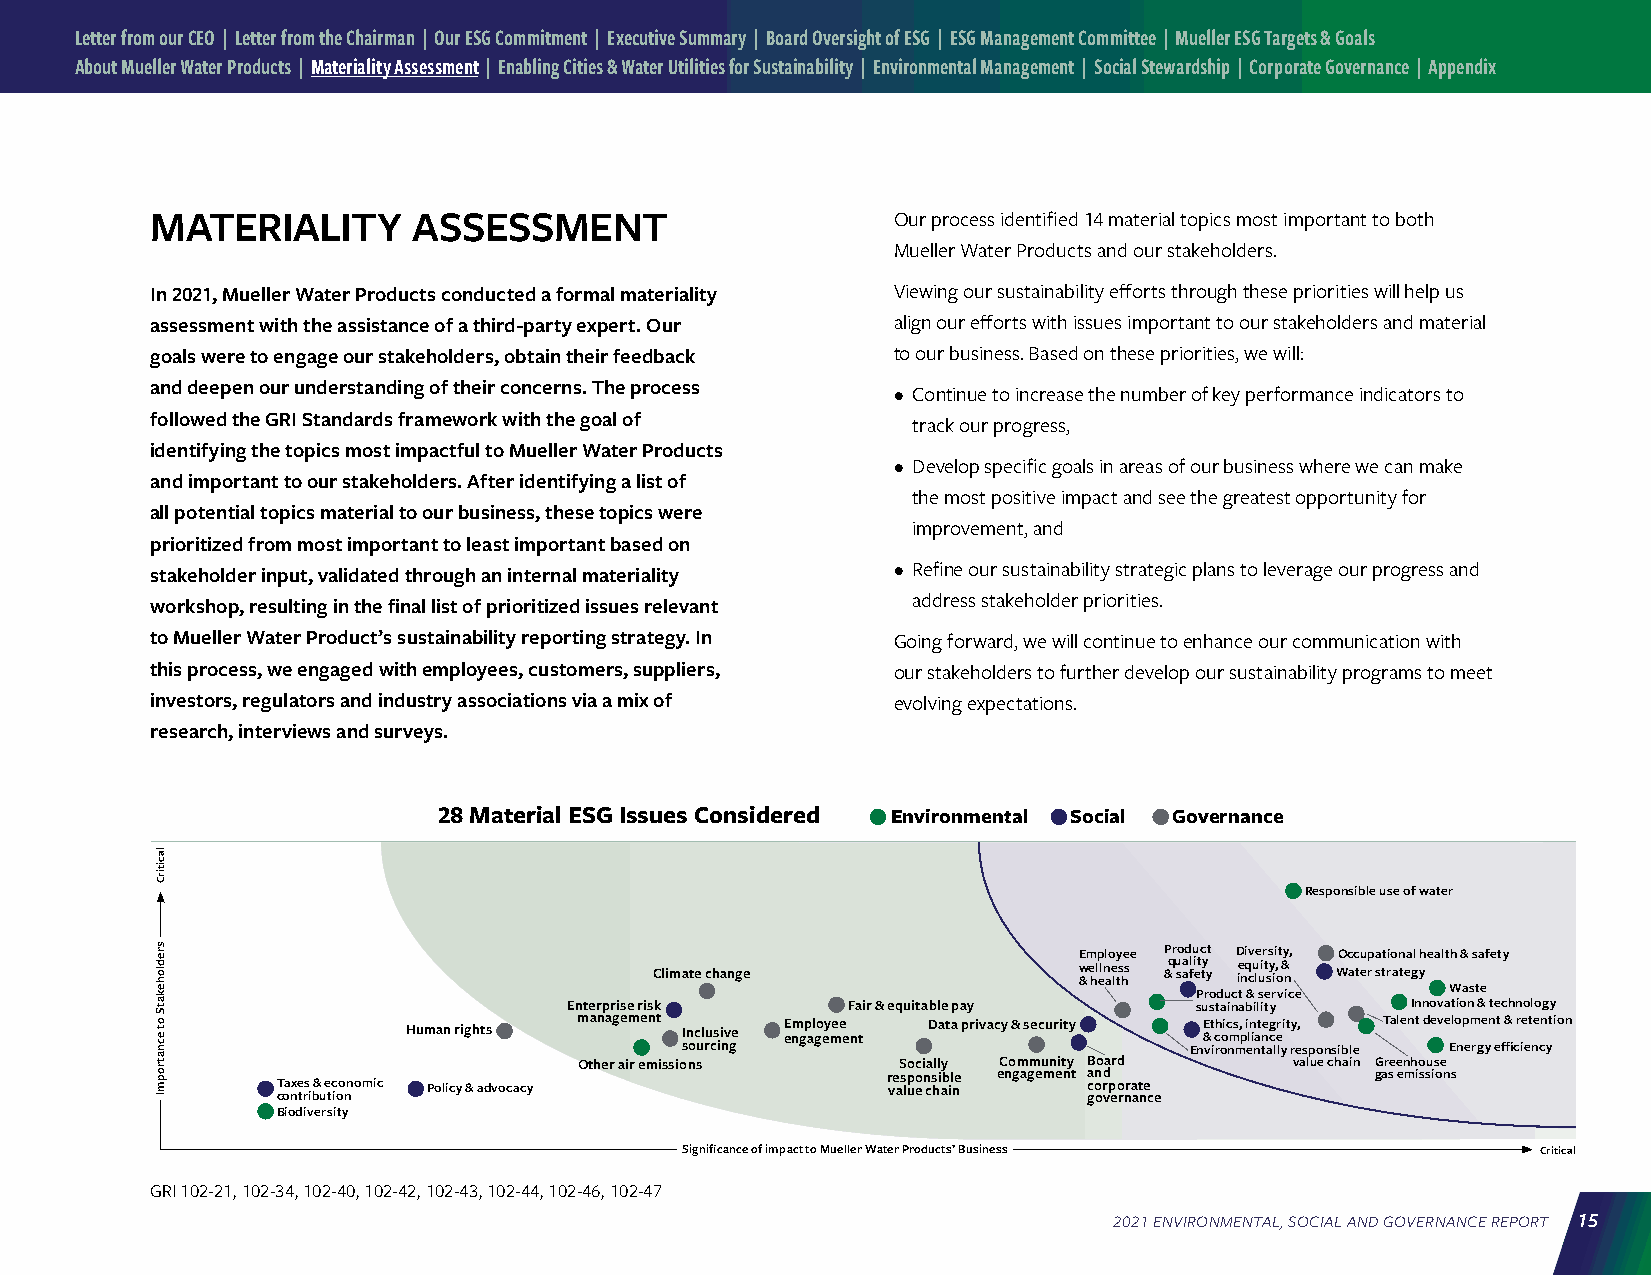
Letter from our CEO | Letter from the Chairman | Our ESG Commitment | Executive Summary | Board Oversight of ESG | ESG Management Committee | Mueller ESG Targets & Goals
 About Mueller Water Products | Materiality Assessment | Enabling Cities & Water Utilities for Sustainability | Environmental Management | Social Stewardship | Corporate Governance | Appendix
 MATERIALITY      ASSESSMENT                      Our process identified 14 material topics most important to both
 Mueller Water Products and our stakeholders.
 In 2021, Mueller Water Products conducted a formal materiality Viewing our sustainability efforts through these priorities will help us
 assessment with the assistance of a third-party expert. Our align our efforts with issues important to our stakeholders and material
 goals were to engage our stakeholders, obtain their feedback to our business. Based on these priorities, we will:
 and deepen our understanding of their concerns. The process • Continue to increase the number of key performance indicators to
 followed the GRI Standards framework with the goal of track our progress,
 identifying the topics most impactful to Mueller Water Products
 • Develop specific goals in areas of our business where we can make
 and important to our stakeholders. After identifying a list of
 the most positive impact and see the greatest opportunity for
 all potential topics material to our business, these topics were
 improvement, and
 prioritized from most important to least important based on
 • Refine our sustainability strategic plans to leverage our progress and
 stakeholder input, validated through an internal materiality
 address stakeholder priorities.
 workshop, resulting in the final list of prioritized issues relevant
 to Mueller Water Product’s sustainability reporting strategy. In Going forward, we will continue to enhance our communication with
 this process, we engaged with employees, customers, suppliers, our stakeholders to further develop our sustainability programs to meet
 investors, regulators and industry associations via a mix of evolving expectations.
 research, interviews and surveys.
 28 Material ESG Issues Considered Environmental Social Governance
 Responsible use of water
 Employee Product Diversity, Occupational health & safety
 Climate change              w & e hl eln ae lts hs &q u saa fli et ty y ie nq cu luit sy i, o & n Water strategy
 Product & service Waste
 Enterprise risk   Fair & equitable pay   sustainability Innovation & technology
 Human rights management Inclusive E enm gp al go ey mee e nt Data privacy & security E &t ch oic ms, p i ln iat neg cerity, Talent development & retention
 sourcing                          Environmentally responsible Energy efficiency
 Other air emissions   Socially Community Board  value chain Greenhouse
 T coa nxe trs
 i
 b&
 u
 e tc ioo nnomic Policy & advocacy    r ve as lup eo n cs hi ab il ne engagement a c gon ord vp
 e
 o rnra at ne
 c e
 gas emissions
 Biodiversity
 Significance of impact to Mueller Water Products’ Business Critical
 GRI 102-21, 102-34, 102-40, 102-42, 102-43, 102-44, 102-46, 102-47
 2021 ENVIRONMENTAL, SOCIAL AND GOVERNANCE REPORT 15
 lacitirC
 sredlohekatS
 ot ecnatropmI